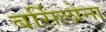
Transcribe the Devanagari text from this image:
बर्सिलोना